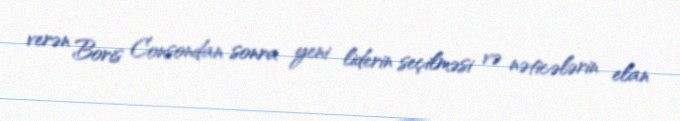
verən Boris Consondan sonra yeni liderin seçilməsi və nəticələrin elan